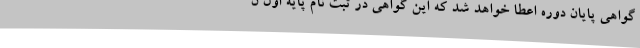
گواهی پایان دوره اعطا خواهد شد که این گواهی در ثبت نام پایه اول ن